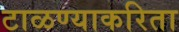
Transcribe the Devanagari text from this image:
टाळण्याकरिता